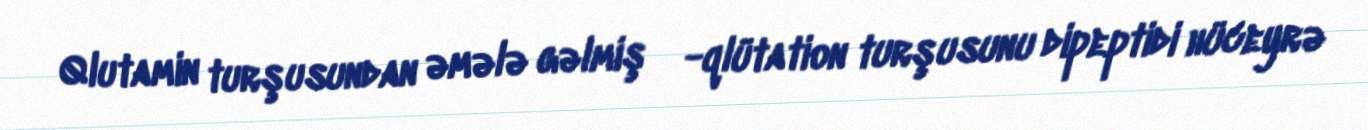
Qlutamin turşusundan əmələ gəlmiş γ-qlütation turşusunu dipeptidi hüceyrə